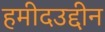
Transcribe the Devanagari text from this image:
हमीदउद्दीन